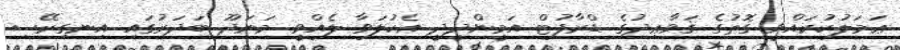
ޢަމަލުކުރައްވީ ގޮތުގެ ޤަވާޢިދުގެ ޑްރާފުޓް އަމީންދީދީ އެކުލަވާ ލެއްވީ މަނަދޫ ބަދަރުގައި އިނގިރޭސި